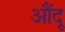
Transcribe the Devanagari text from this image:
औंदू